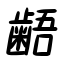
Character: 齬